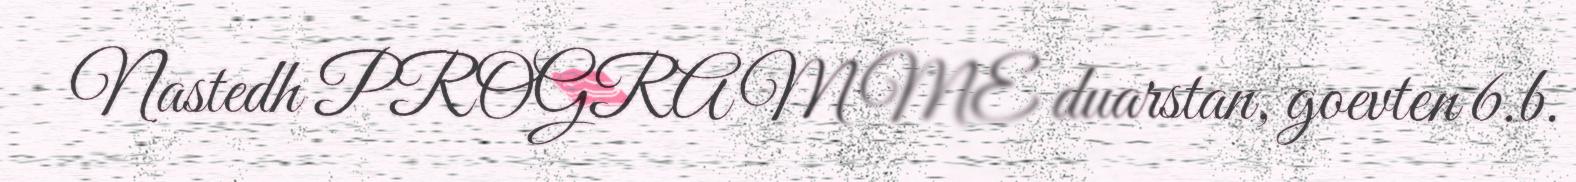
Nastedh PROGRAMME duarstan, goevten 6.b.